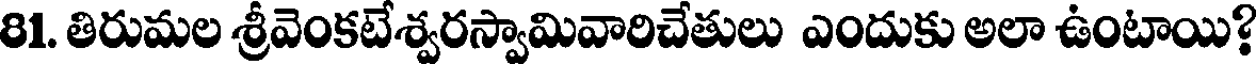
81. తిరుమల శ్రీవెంకటేశ్వరస్వామివారిచేతులు ఎందుకు అలా ఉంటాయి?